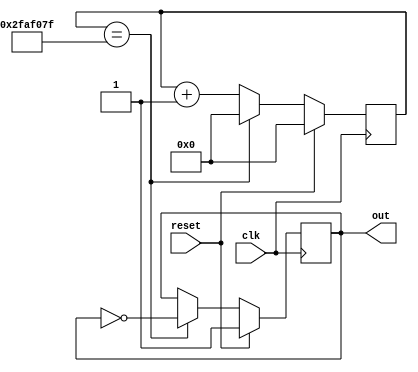
`timescale 1ns / 1ps

// Clock divider.
// Given a clock signal, outputs a clock signal at a lower frequency.
// The output frequency is controlled at instantiation time with the CYCLES parameter.
// A change in the divided signal happens every time a counter counts CYCLES posedges on the input clock.
// So for example, if CYCLES is fifty million, and the input clock is 100 MHz, the output clock will be 1 Hz.
// The factor of two is of course confusing; this interface is not ideal.

// PARAMETERS
// CYCLES, as above

// PORTS
// clk, in, a clock signal
// reset, in, a synchronous reset
// out, out, the output clock signal

module clkdiv
  #(parameter CYCLES = 50000000)
   (
    input      clk,
    input      reset,
    output reg out = 1'b0
    );
   
   reg [$clog2(CYCLES)-1:0] count;
   
   always @(posedge(clk))
     if (reset == 1'b1)
       begin
	  count <= 0;
	  out <= 1'b1;
       end
     else if (count == CYCLES - 1)
       begin
	  count <= 0;
	  out <= ~out;
       end
     else
       count <= count + 1'b1;

endmodule